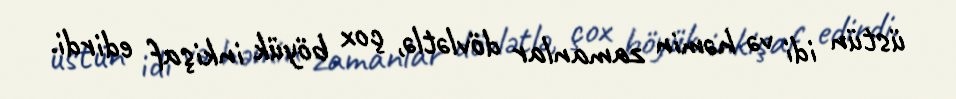
üstün idi və həmin zamanlar dövlətlə, çox böyük inkişaf edirdi.